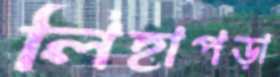
লিহাপড়া